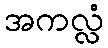
အကလ္လံ